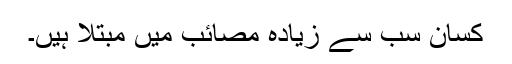
کسان سب سے زیادہ مصائب میں مبتلا ہیں۔